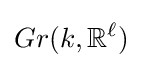
Gr(k,\mathbb {R} ^{\ell })